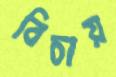
বিচায়